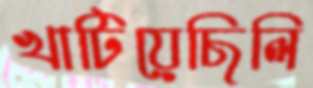
খাটিয়েছিলি